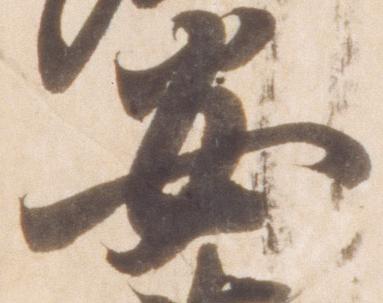
安